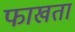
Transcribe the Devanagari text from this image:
फाखता